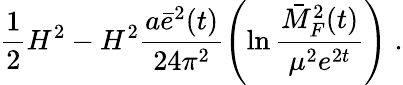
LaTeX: \frac{1}{2}H^{2}-H^{2}\frac{a\bar{e}^{2}(t)}{24\pi^{2}}\left(\ln\frac{\bar{M}_{F}^{2}(t)}{\mu^{2}e^{2t}}\right)\; .